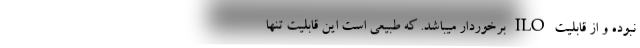
نبوده و از قابلیت ILO برخوردار میباشد. که طبیعی است این قابلیت تنها